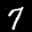
Label: 7